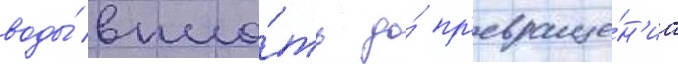
воды́ впло́ть до́ пр'евраще́н'иа